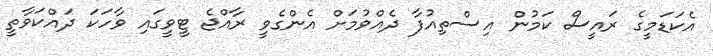
އެކަޑަމީގެ ރައީސް ކަމުން އިސްތިއުފާ ދެއްވުމަށް އެންގެވީ ރާއްޖެ ޓީވީގައި ވާހަކަ ދައްކަވާތީ